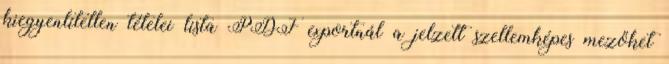
kiegyenlítetlen tételei lista PDF exportnál a jelzett szellemképes mezőket